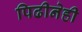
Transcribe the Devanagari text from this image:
पिढीनेही